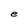
Character: I